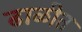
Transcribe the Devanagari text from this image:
ढाळीत